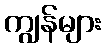
ကျွန်များ